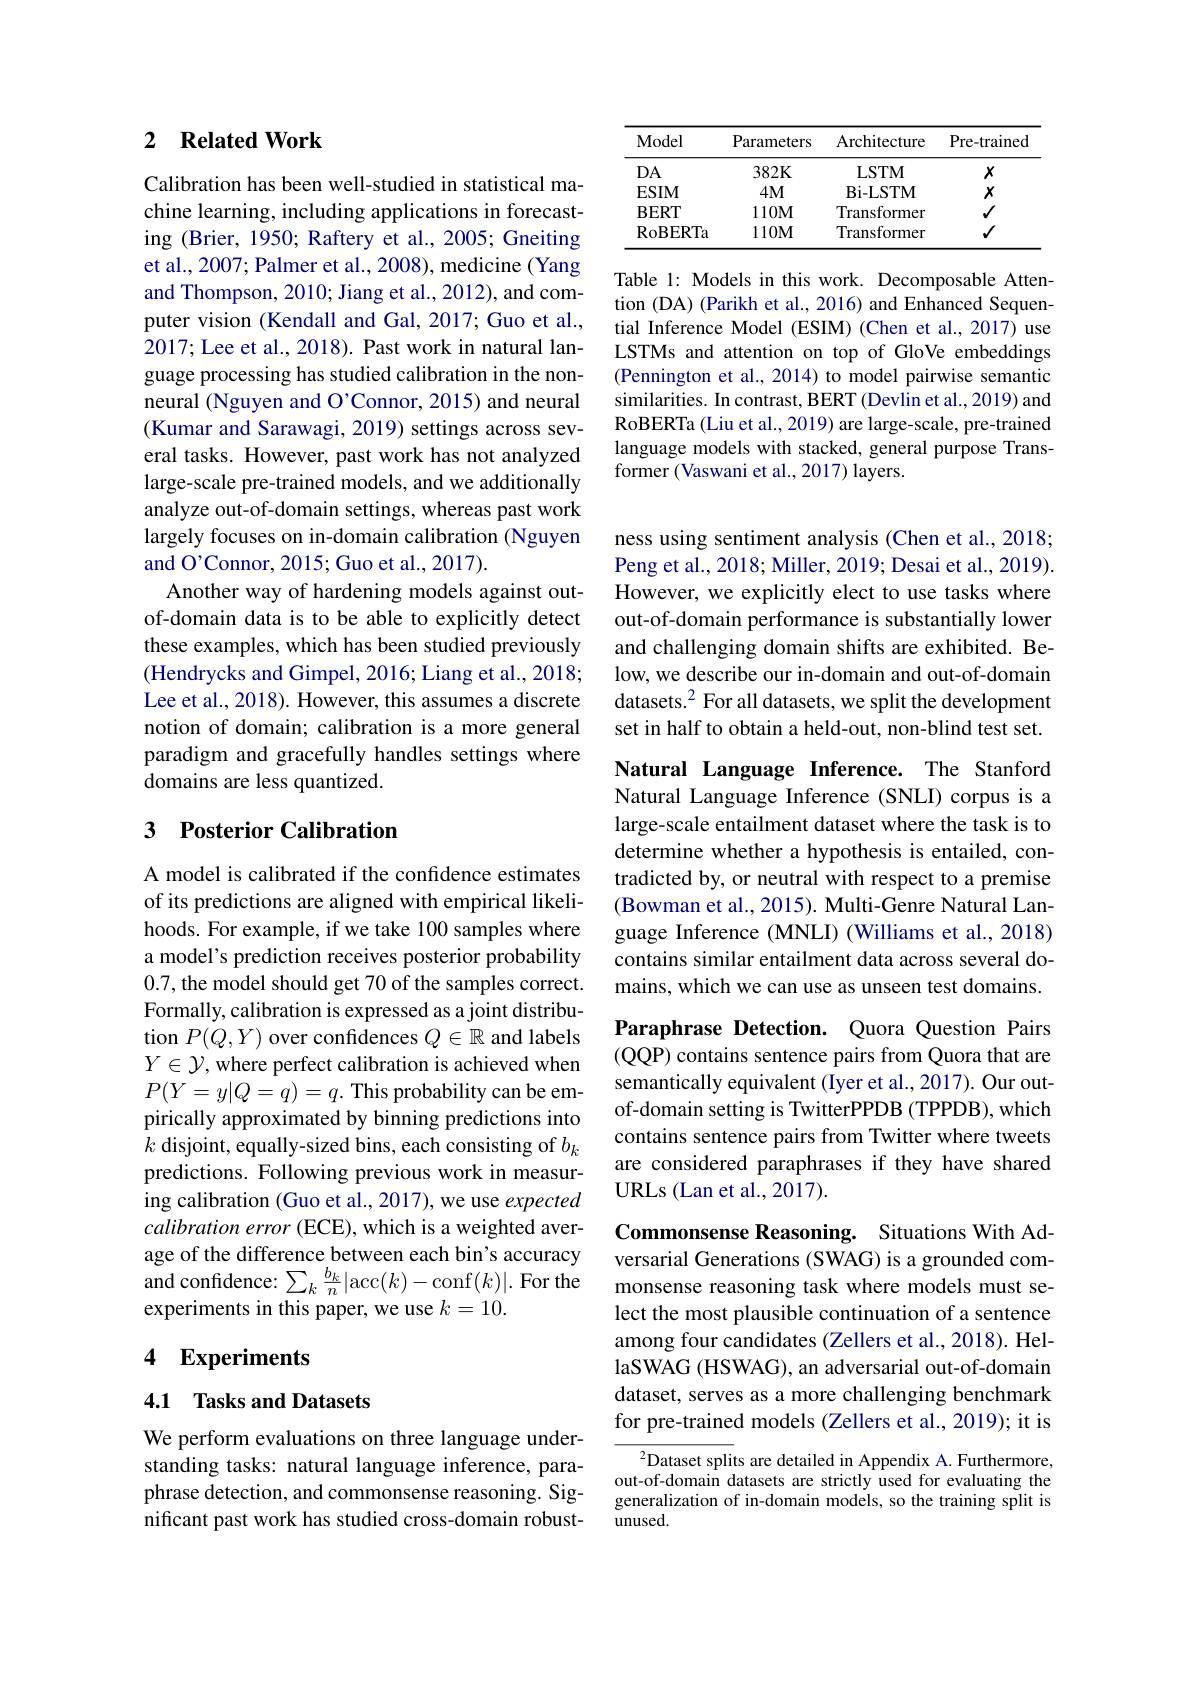
## 2 $\textbf{Related Work}$

Calibration has been well-studied in statistical machine learning, including applications in forecasting (Brier, 1950; Raftery et al., 2005; Gneiting et al., 2007; Palmer et al., 2008), medicine ( Yang and Thompson, 2010; Jiang et al., 2012), and computer vision (Kendall and Gal, 2017; Guo et al., 2017; Lee et al., 2018). Past work in natural language processing has studied calibration in the nonneural (Nguyen and O'Connor, 2015) and neural (Kumar and Sarawagi, 2019) settings across several tasks. However, past work has not analyzed large-scale pre-trained models, and we additionally analyze out-of-domain settings, whereas past work largely focuses on in-domain calibration (Nguyen and O'Connor, 2015; Guo et al., 2017).
Another way of hardening models against outof-domain data is to be able to explicitly detect these examples, which has been studied previously (Hendrycks and Gimpel, 2016; Liang et al., 2018; Lee et al., 2018). However, this assumes a discrete notion of domain; calibration is a more general paradigm and gracefully handles settings where domains are less quantized.

## 3 Posterior Calibration

A model is calibrated if the confidence estimates of its predictions are aligned with empirical likelihoods. For example, if we take 100 samples where a model's prediction receives posterior probability 0.7, the model should get 70 of the samples correct. Formally, calibration is expressed as a joint distribution $P(Q,Y)$ over confidences $Q\in\mathbb{R}$ and labels $Y\in\mathcal{Y}$, where perfect calibration is achieved when $P(Y=y|Q=q)=q.$ This probability can be empirically approximated by binning predictions into $k$ disjoint, equally-sized bins, each consisting of $b_k$ predictions. Following previous work in measuring calibration (Guo et al., 2017), we use expected $calibration\textit{ error ( ECE) , which is a weighted aver- }$ age of the difference between each bin's accuracy and confidence: $\sum_k\frac{b_k}n|$acc$(k)-$conf$(k)|.$ For the experiments in this paper, we use $k=10.$

## 4 Experiments

## 4.1 Tasks and Datasets

We perform evaluations on three language understanding tasks: natural language inference, paraphrase detection, and commonsense reasoning. Significant past work has studied cross-domain robust-

<table>
	<tbody>
		<tr>
			<th>Model</th>
			<th>Parameters</th>
			<th>Architecture</th>
			<th>Pre- trainec</th>
		</tr>
		<tr>
			<td>$DA$</td>
			<td>$382K$</td>
			<td>LSTM</td>
			<td>$X$</td>
		</tr>
		<tr>
			<td>ESIM</td>
			<td>$4M$</td>
			<td>Bi- LSTM</td>
			<td>$X$</td>
		</tr>
		<tr>
			<td>$\mathbf{BERT}$</td>
			<td>110M</td>
			<td>Transformer</td>
			<td>$√$</td>
		</tr>
		<tr>
			<td>RoBERTa</td>
			<td>$110M$</td>
			<td>Transformer</td>
			<td>$√$</td>
		</tr>
	</tbody>
</table>

Table 1: Models in this work. Decomposable Attention (DA) (Parikh et al., 2016) and Enhanced Sequential Inference Model (ESIM) (Chen et al., 2017) use LSTMs and attention on top of GloVe embeddings (Pennington et al., 2014) to model pairwise semantic similarities. In contrast, BERT (Devlin et al., 2019) and RoBERTa (Liu et al., 2019) are large-scale, pre-trained language models with stacked, general purpose Transformer (Vaswani et al., 2017) layers.

ness using sentiment analysis (Chen et al., 2018; Peng et al., 2018; Miller, 2019; Desai et al., 2019). However, we explicitly elect to use tasks where out-of-domain performance is substantially lower and challenging domain shifts are exhibited. Below, we describe our in-domain and out-of-domain datasets.$^2$ For all datasets, we split the development set in half to obtain a held-out, non-blind test set.

Natural Language Inference. The Stanford Natural Language Inference (SNLI) corpus is a large-scale entailment dataset where the task is to determine whether a hypothesis is entailed, contradicted by, or neutral with respect to a premise (Bowman et al., 2015). Multi-Genre Natural Language Inference (MNLI) (Williams et al., 2018) contains similar entailment data across several domains, which we can use as unseen test domains.

Paraphrase Detection. Quora Question Pairs (QQP) contains sentence pairs from Quora that are semantically equivalent (Iyer et al., 2017). Our outof-domain setting is TwitterPPDB (TPPDB), which contains sentence pairs from Twitter where tweets are considered paraphrases if they have shared URLs (Lan et al., 2017).

Commonsense Reasoning. Situations With Adversarial Generations (SWAG) is a grounded commonsense reasoning task where models must select the most plausible continuation of a sentence among four candidates (Zellers et al., 2018). HellaSWAG (HSWAG), an adversarial out-of-domain dataset, serves as a more challenging benchmark for pre-trained models (Zellers et al., 2019); it is

$^{2}$Dataset splits are detailed in Appendix A. Furthermore, out-of-domain datasets are strictly used for evaluating the generalization of in-domain models, so the training split is unused.